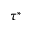
\tau ^ { * }